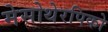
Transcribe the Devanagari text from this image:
मेसोथेरपिको